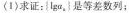
(1)求证：Iga_{n}}是等差数列；